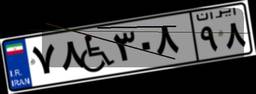
۷۸W۳۰۸۹۸